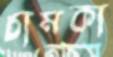
চামকা